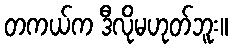
တကယ်က ဒီလိုမဟုတ်ဘူး။